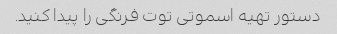
دستور تهیه اسموتی توت فرنگی را پیدا کنید.